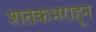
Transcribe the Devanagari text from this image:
शतकभराहून